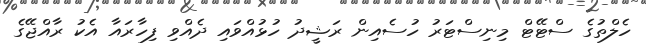
ހެލްތުގެ ސްޓޭޓް މިނިސްޓަރު ހުސެއިން ރަޝީދު ހުޅުއްވައި ދެއްވި ފިހާރައާ އެކު ރާއްޖޭގެ